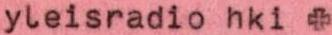
yleisradio hki +